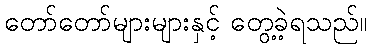
တော်တော်များများနှင့် တွေ့ခဲ့ရသည်။